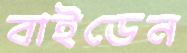
বাইডেন